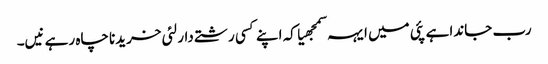
رب جاندا ہے پئی میں ایہہ سمجھیا کہ اپنے کسی رشتے دار لئی خریدنا چاہ رہے نیں۔